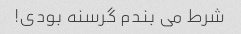
شرط می بندم گرسنه بودی!